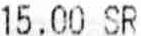
15.00 SR